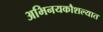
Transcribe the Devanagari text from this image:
अभिनयकौशल्यात